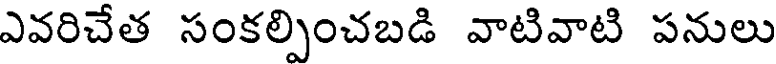
ఎవరిచేత సంకల్పించబడి వాటివాటి పనులు